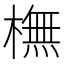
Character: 橅